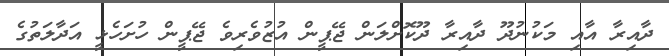
ދާއިރާ އާއި މަކުނުދޫ ދާއިރާ ދޫކޮށްލަން ޖޭޕީން އުޒުވެރިވެ ޖޭޕީން ހުށަހެޅީ އަދާލަތުގެ